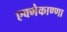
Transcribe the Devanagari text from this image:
एक्मेकाण्णा